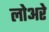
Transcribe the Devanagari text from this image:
लोअरे